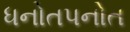
ધનોતપનોત